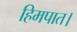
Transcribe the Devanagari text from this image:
हिमपात।